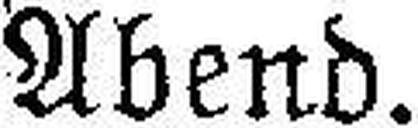
Abend.